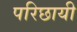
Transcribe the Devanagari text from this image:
परिछायी